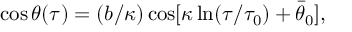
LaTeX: \cos \theta ( \tau ) = ( b / \kappa ) \cos [ \kappa \ln ( \tau / \tau _ { 0 } ) + \bar { \theta } _ { 0 } ] ,